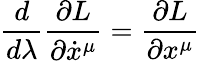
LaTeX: \frac{d}{d\lambda}\frac{\partial L}{\partial\dot{x}^{\mu}}=\frac{\partial L}{\partial x^{\mu}}